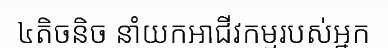
៤តិចនិច នាំយកអាជីវកម្មរបស់អ្នក